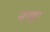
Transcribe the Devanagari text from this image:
नपाए